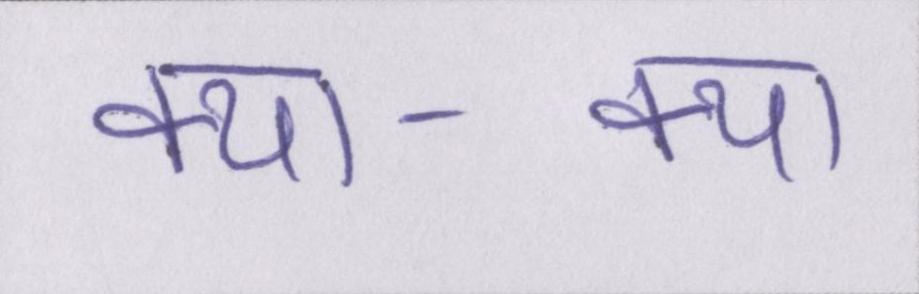
क्या-क्या